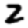
Digit: 2